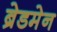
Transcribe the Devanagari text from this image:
ब्रेडमेन